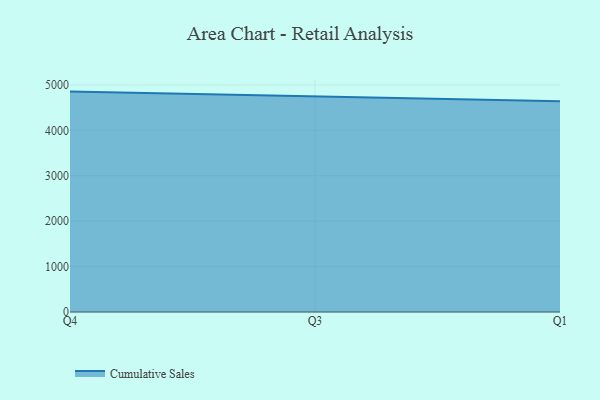
{"axis": {"x": "Quarter", "y": "Shipments"}, "legend": ["Cumulative Sales"], "data": [{"x": "Q4", "y": 4853.3, "type": "Cumulative Sales"}, {"x": "Q3", "y": 4750.4, "type": "Cumulative Sales"}, {"x": "Q1", "y": 4640.1, "type": "Cumulative Sales"}]}